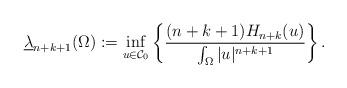
LaTeX: \begin{align*} \underline\lambda_{n+k+1}(\Omega) :=\inf_{u\in \mathcal C_0}\left\{\frac{(n+k+1)H_{n+k}(u)}{\int_\Omega|u|^{n+k+1}}\right\}. \end{align*}